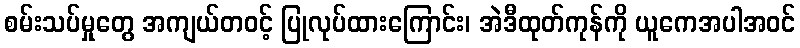
စမ်းသပ်မှုတွေ အကျယ်တဝင့် ပြုလုပ်ထားကြောင်း၊ အဲဒီထုတ်ကုန်ကို ယူကေအပါအဝင်